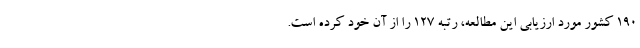
190 کشور مورد ارزیابی این مطالعه، رتبه 127 را از آن خود کرده است.